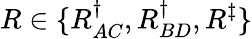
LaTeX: R\in\{ R_{AC}^{\dagger},R_{BD}^{\dagger},R^{\ddagger}\}